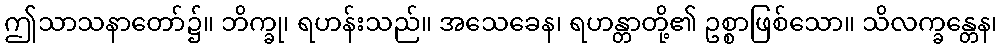
ဤသာသနာတော်၌။ ဘိက္ခု၊ ရဟန်းသည်။ အသေခေန၊ ရဟန္တာတို့၏ ဥစ္စာဖြစ်သော။ သိလက္ခန္တေန၊